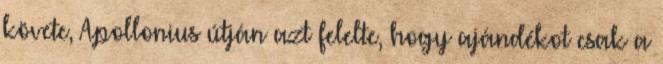
követe, Apollonius útján azt felelte, hogy ajándékot csak a